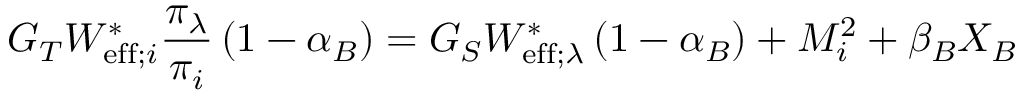
G _ { T } W _ { \mathrm { e f f } ; i } ^ { \ast } \frac { \pi _ { \lambda } } { \pi _ { i } } \left( 1 - \alpha _ { B } \right) = G _ { S } W _ { \mathrm { e f f } ; \lambda } ^ { \ast } \left( 1 - \alpha _ { B } \right) + M _ { i } ^ { 2 } + \beta _ { B } X _ { B }